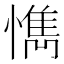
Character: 懏